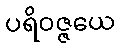
ပရိဝဇ္ဇယေ